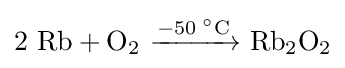
\mathrm {2\ Rb+O_{2}\ {\xrightarrow {-50\;^{\circ }{\text{C}}}}\ Rb_{2}O_{2}}